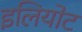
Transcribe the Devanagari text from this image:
इलियोट